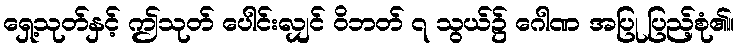
ရှေ့သုတ်နှင့် ဤသုတ် ပေါင်းလျှင် ဝိဘတ် ၇ သွယ်၌ ဂေါဏ အပြု ပြည့်စုံ၏။